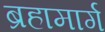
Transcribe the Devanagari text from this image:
ब्रहामार्ग